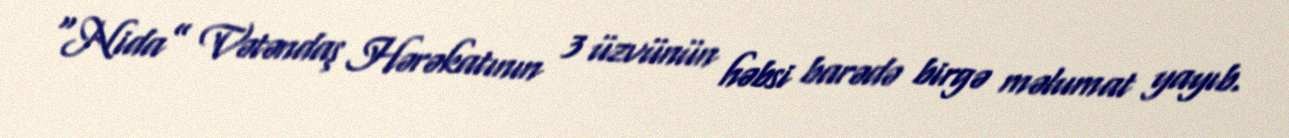
“Nida” Vətəndaş Hərəkatının 3 üzvünün həbsi barədə birgə məlumat yayıb.